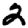
Digit: 2